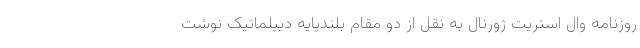
روزنامه وال استریت ژورنال به نقل از دو مقام بلندپایه دیپلماتیک نوشت